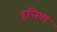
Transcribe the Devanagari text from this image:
हत्तिण